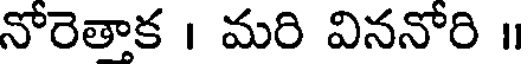
నోరెతాక । మరి విననోరి ॥